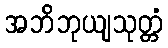
အဘိဘုယျသုတ္တံ